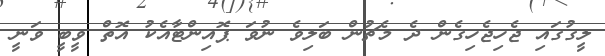
ލީގުގައި ޖެހިޖެހިގެން ދެ މެޗުން ބަލިވެ ނުވަ ޕޮއިންޓާއެކު އޮތް ވީބީ ވަނީ